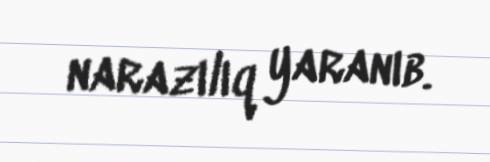
narazılıq yaranıb.